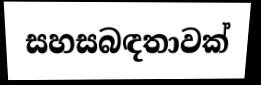
සහසබඳතාවක්